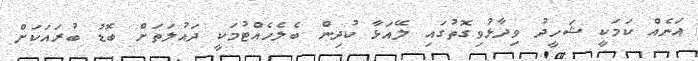
އަނެއް ކަމަކީ ޝަހީދު ވިދާޅުވިގޮތުގައި ލޭއަޅާ ކުދިން ބެލެހެއްޓުމަކީ ދައުލަތަށް ބޮޑު ބުރައަކަށް